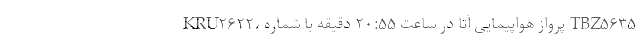
KRU۲۶۲۲، پرواز هواپیمایی آتا در ساعت ۲۰:۵۵ دقیقه با شماره TBZ۵۶۳۵